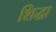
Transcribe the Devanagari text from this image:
शिद्धा